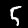
Digit: 5